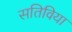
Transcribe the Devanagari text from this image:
सतिविया